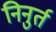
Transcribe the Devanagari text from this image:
निनुर्त